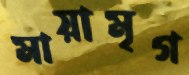
মায়ামৃগ